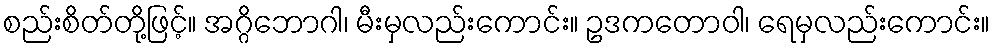
စည်းစိတ်တို့ဖြင့်။ အဂ္ဂိဘောဂါ၊ မီးမှလည်းကောင်း။ ဥဒကတောဝါ၊ ရေမှလည်းကောင်း။